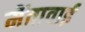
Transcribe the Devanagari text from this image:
मेंतावाई